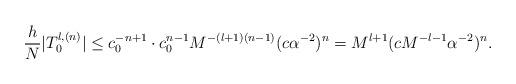
LaTeX: \begin{align*}\frac{h}{N}|T_0^{l,(n)}|\le c_0^{-n+1}\cdot c_0^{n-1}M^{-(l+1)(n-1)}(c\alpha^{-2})^n=M^{l+1}(cM^{-l-1}\alpha^{-2})^n.\end{align*}